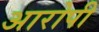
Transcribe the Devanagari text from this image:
अारोपी